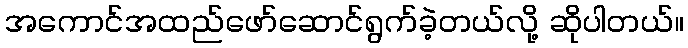
အကောင်အထည်ဖော်ဆောင်ရွက်ခဲ့တယ်လို့ ဆိုပါတယ်။